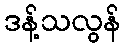
ဒန့်သလွန်